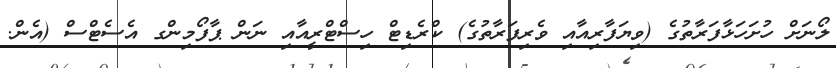
ލޯނަށް ހުށަހަޅާފަރާތުގެ (ވިޔަފާރިއާއި ވެރިފަރާތުގެ) ކްރެޑިޓް ހިސްޓްރީއާއި ނަން ޕާފޯމިންގ އެސެޓްސް (އެން.